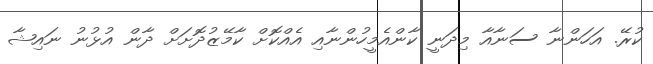
ކުރޭ. އަހަންނާ ސަނާއާ މިދަނީ ކާންއެމީހުންނާއި އެއްކޮށް ކާމޭޒުދޮށަށް ދާން އުޅުނު ނައިޝާ